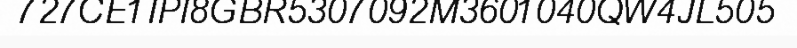
727CE1IPI8GBR5307092M3601040QW4JL505